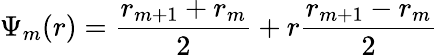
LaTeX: \Psi_{m}(r)=\frac{r_{m+1}+r_{m}}{2}+r\frac{r_{m+1}-r_{m}}{2}